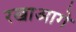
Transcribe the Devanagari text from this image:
रखाआगे